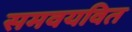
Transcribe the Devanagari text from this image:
समवयवित